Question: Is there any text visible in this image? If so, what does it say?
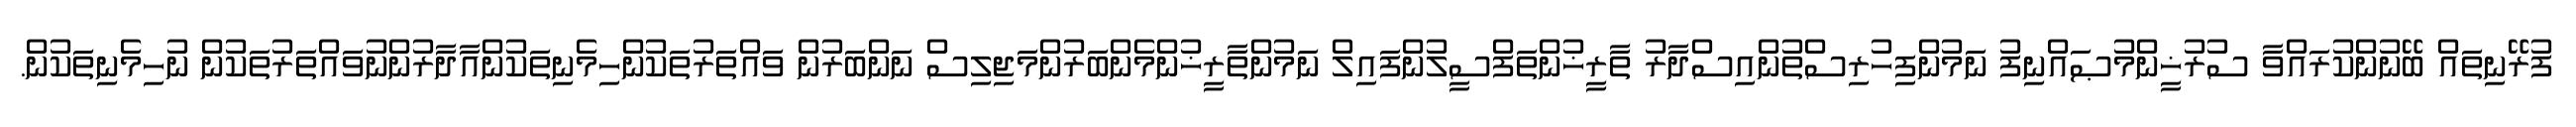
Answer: ފުރޭނިތައް ބޭނުންކުރައްވާ ސުރުޚީންމުޞައްނިފު ނަމުންފިހުރިސްތުންއިސްދާރު ތާރީޚުންތަފްސީލުންފައިލް ނަމުންތާރީޚުންމެންބަރުންމަޖިލިސް ނަންބަރުން ވައްތަރުތަކުންހިމެނިތަކުންއާދާރުންނުވައްތަރުތަކުން ނުހިމެނިތަކުން.